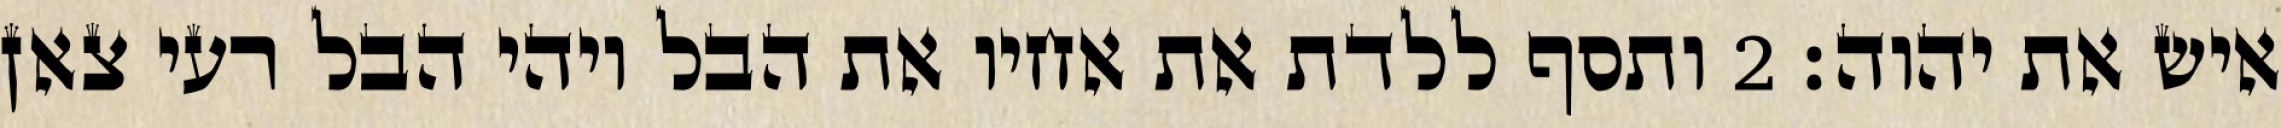
איש את יהוה׃ ‎2‏ ותסף ללדת את אחיו את הבל ויהי הבל רעי צאן